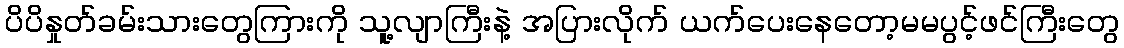
ပိပိနှုတ်ခမ်းသားတွေကြားကို သူ့လျာကြီးနဲ့ အပြားလိုက် ယက်ပေးနေတော့မမပွင့်ဖင်ကြီးတွေ